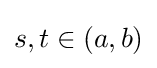
s,t\in (a,b)